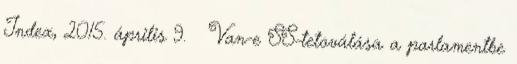
Index, 2015. április 9. ↑ Van-e SS-tetoválása a parlamentbe